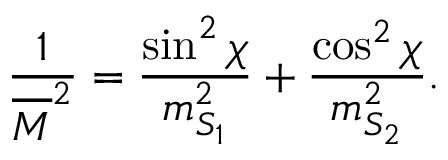
\frac { 1 } { \overline { { { M } } } ^ { 2 } } = \frac { \sin ^ { 2 } \chi } { m _ { S _ { 1 } } ^ { 2 } } + \frac { \cos ^ { 2 } \chi } { m _ { S _ { 2 } } ^ { 2 } } .